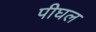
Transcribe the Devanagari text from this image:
पीघल